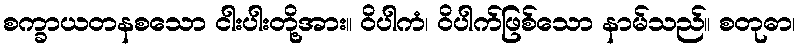
စက္ခာယတနစသော ငါးပါးတို့အား။ ဝိပါကံ၊ ဝိပါက်ဖြစ်သော နာမ်သည်။ စတုဓာ၊